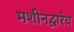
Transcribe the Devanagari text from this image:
मशीनद्वारेच